Annual statistical returns and brief notes on vaccination in Bengal - 1896-1909
Year: 1896
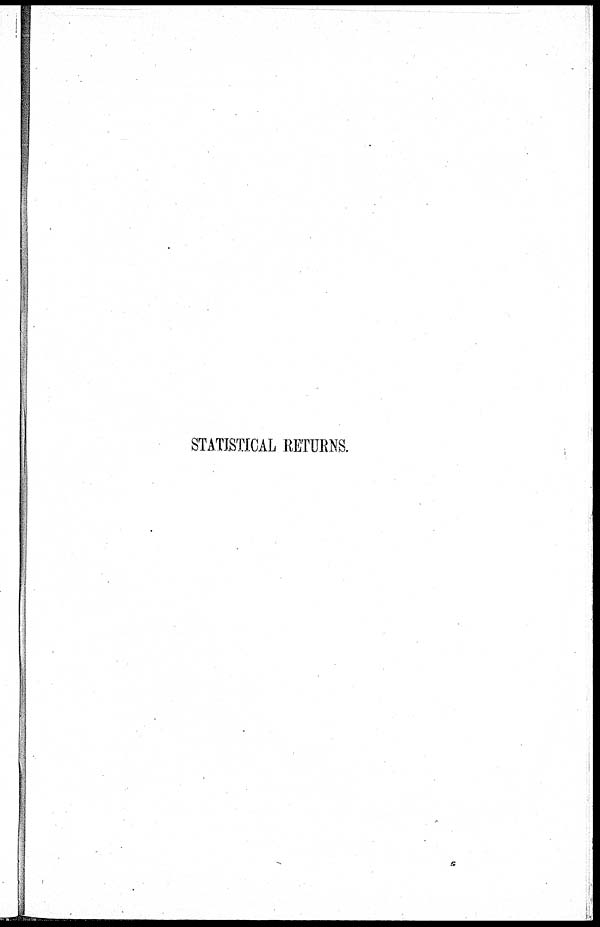
STATISTICAL RETURNS.
a